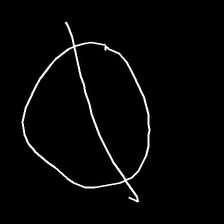
Glyph: orb